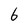
Character: 6